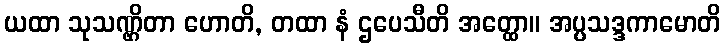
ယထာ သုသဏ္ဌိတာ ဟောတိ, တထာ နံ ဌပေသီတိ အတ္ထော။ အပ္ပသဒ္ဒကာမောတိ